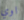
اوي